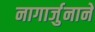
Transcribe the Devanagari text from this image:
नागार्जुनाने